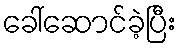
ခေါ်ဆောင်ခဲ့ပြီး